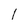
Character: 1